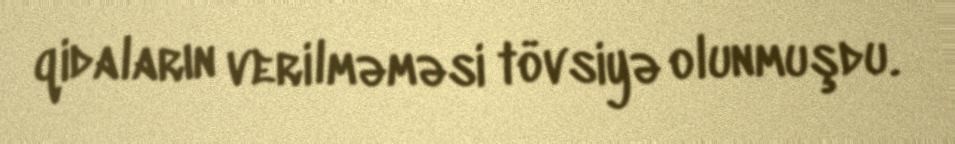
qidaların verilməməsi tövsiyə olunmuşdu.